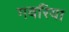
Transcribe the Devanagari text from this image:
गवरिया